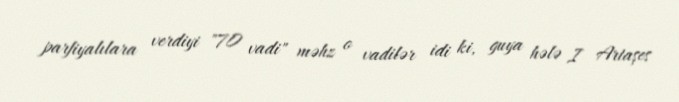
parfiyalılara verdiyi "70 vadi" məhz o vadilər idi ki, guya hələ I Artaşes